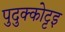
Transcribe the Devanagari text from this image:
पुदुक्कोट्टइ